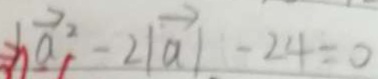
b \overrightarrow { a } ^ { 2 } - 2 \vert \overrightarrow { a } \vert - 2 4 = 0